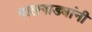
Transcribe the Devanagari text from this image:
मालगाड्यांनी